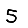
Digit: 5